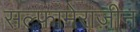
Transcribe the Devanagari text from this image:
सल्फामेराज़ीन